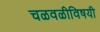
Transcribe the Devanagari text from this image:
चळवळीविषयी